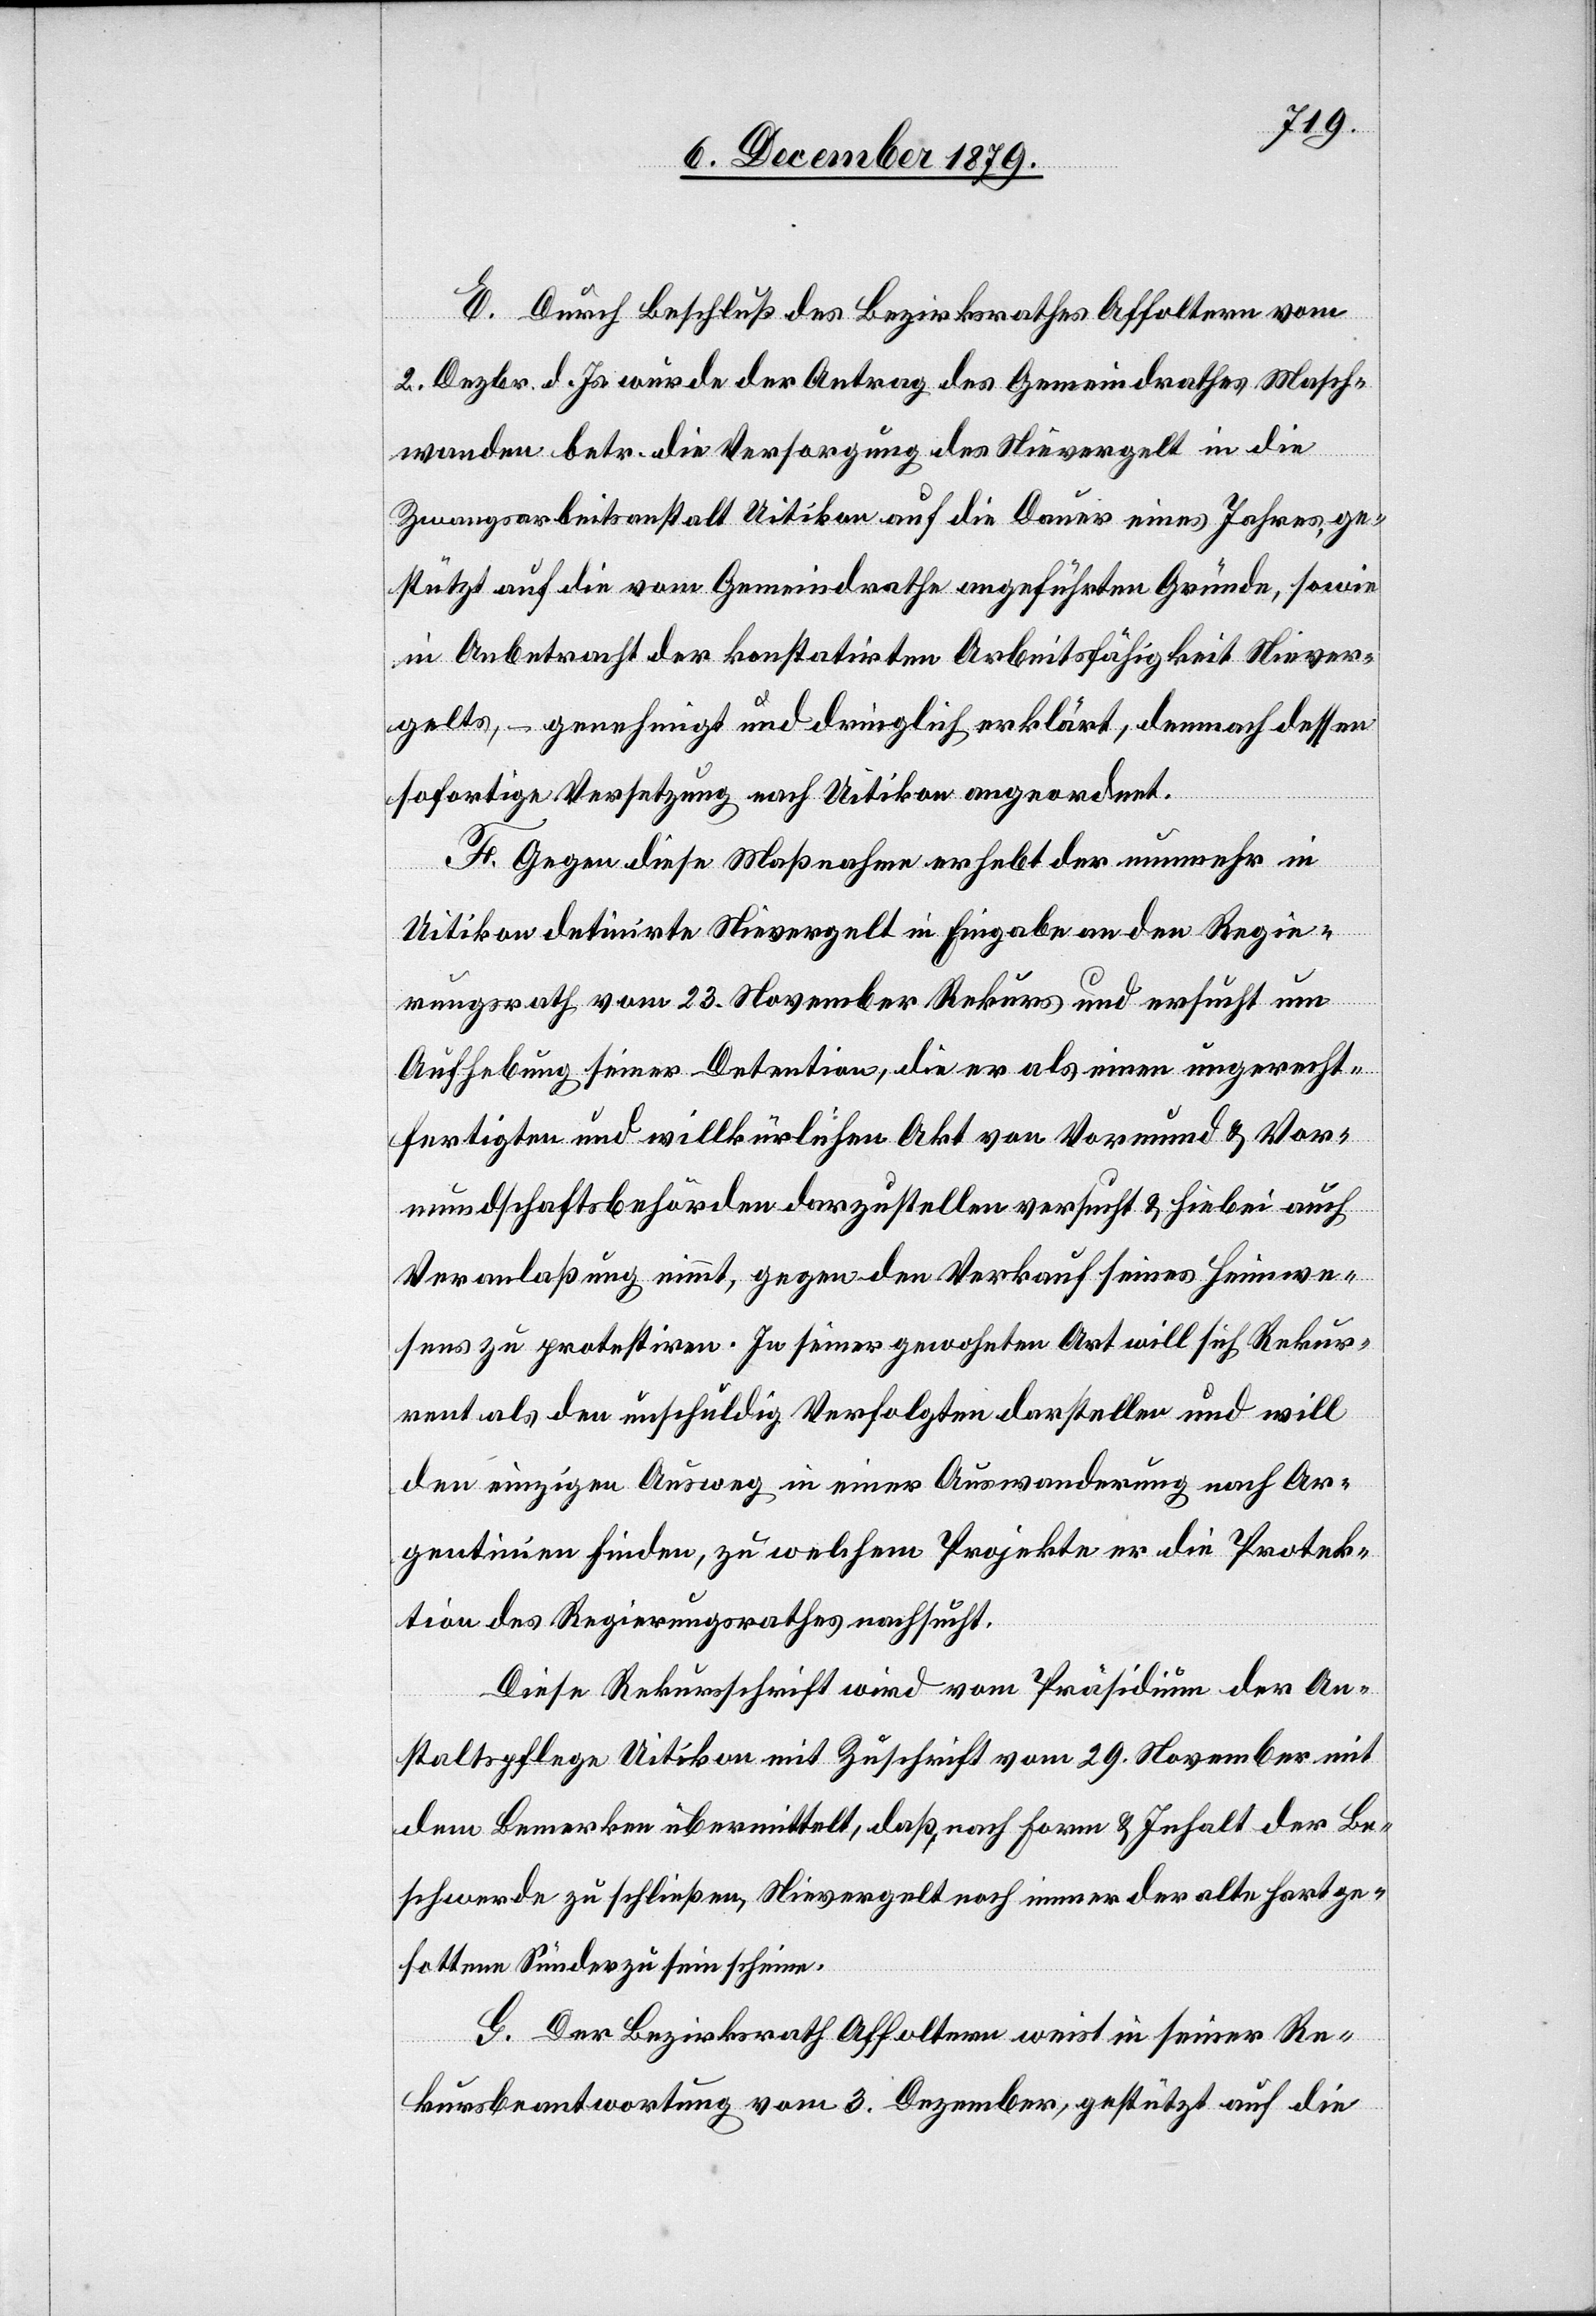
E. Durch Beschluß des Bezirksrathes Affoltern vom
2. Dezbr. d. Js. wurde der Antrag des Gemeindrathes Masch¬
wanden betr. die Versorgung des Nievergelt in die
Zwangsarbeitsanstalt Uitikon auf die Dauer eines Jahres ge¬
stützt auf die vom Gemeindrathe angeführten Gründe, sowie
in Anbetracht der konstatirten Arbeitsfähigkeit Niever¬
gelts, – genehmigt und dringlich erklärt, demnach dessen
sofortige Versetzung nach Uitikon angeordnet.
F. Gegen diese Maßnahme erhebt der nunmehr in
Uitikon detinirte Nievergelt in Eingabe an den Regie¬
rungsrath vom 23. November Rekurs und ersucht um
Aufhebung seiner Detention, die er als einen ungerecht¬
fertigten und willkürlichen Akt von Vormund & Vor¬
mundschaftsbehörden darzustellen versucht & hiebei auch
Veranlaßung nimmt gegen den Verkauf seines Heimwei¬
sens zu protestiren. In seiner gewohnten Art will sich Rekur¬
rent als den unschuldig Verfolgten darstellen und will
den einzigen Ausweg in einer Auswanderung nach Ar¬
gentinien finden, zu welchem Projekte er die Protek¬
tion des Regierungsrathes nachsucht.
Diese Rekursschrift wird vom Präsidium der An¬
staltspflege Uitikon mit Zuschrift vom 29. November mit
dem Bemerken übermittelt, daß, nach Form & Inhalt der Be¬
schwerde zu schließen, Nievergelt noch immer der alte hartge¬
sottene Sünder zu sein scheine.
G. Der Bezirksrath Affoltern weist in seiner Re¬
kursbeantwortung vom 3. Dezember, gestützt auf die